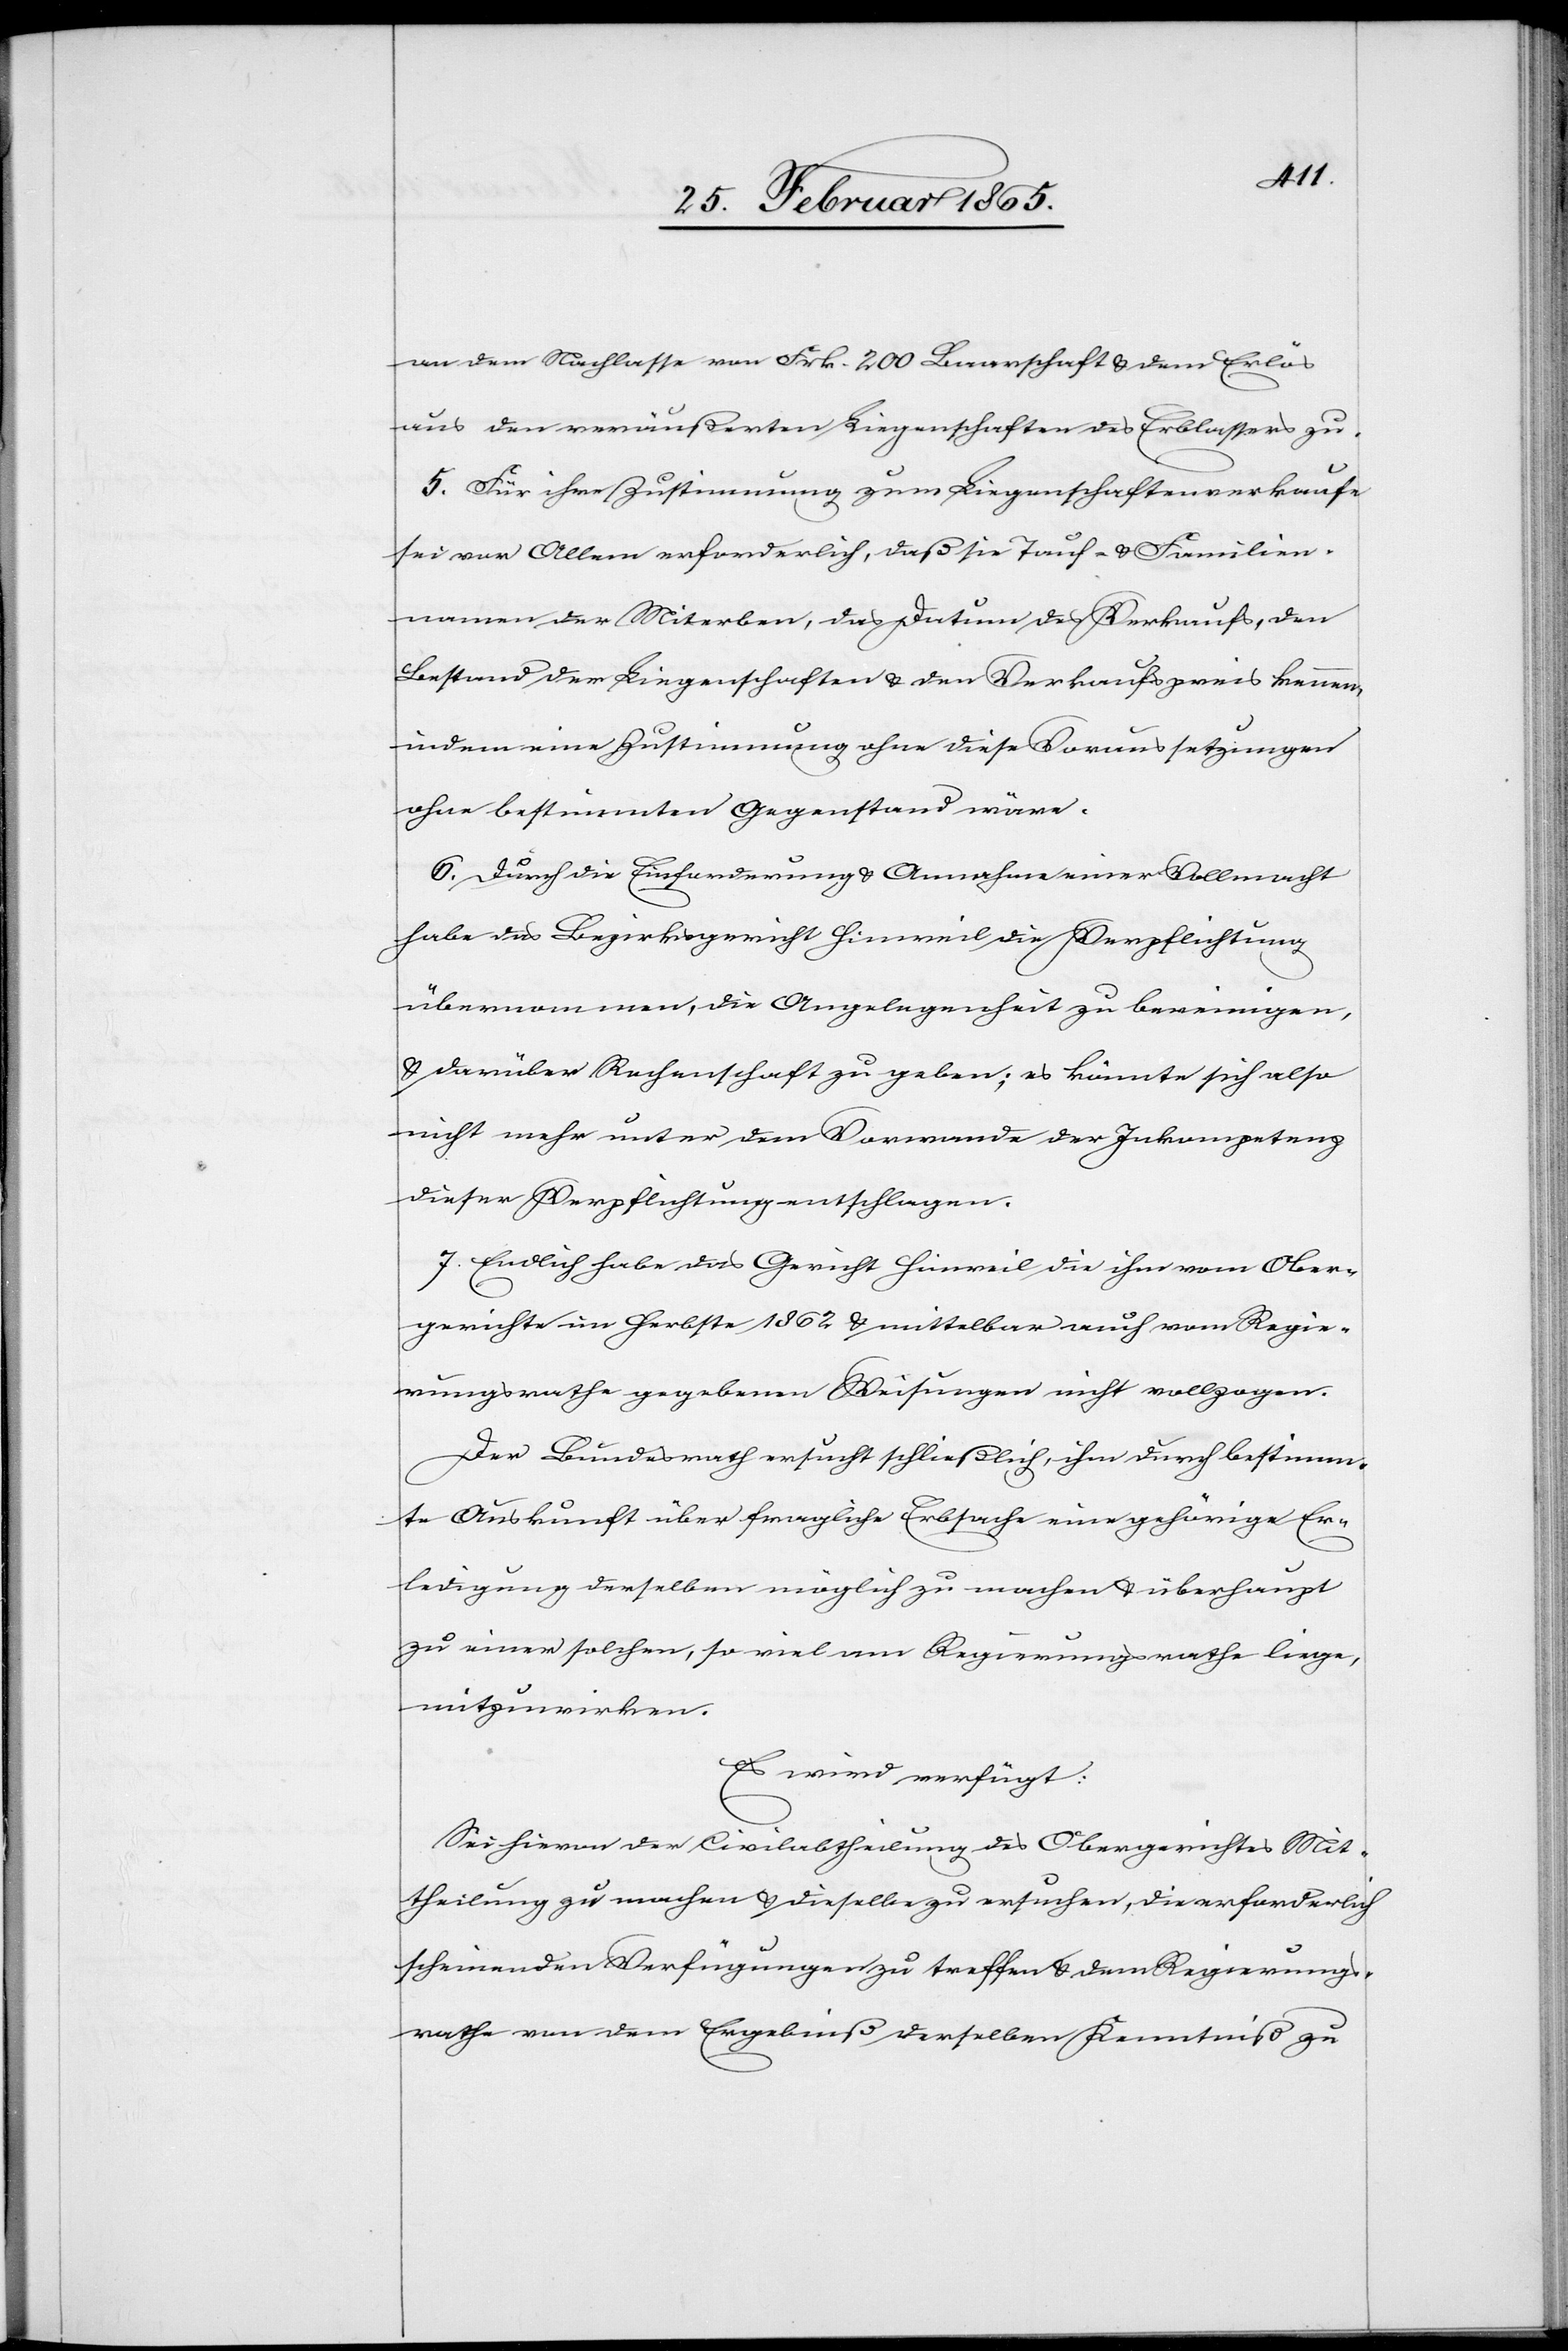
an dem Nachlasse von Frk. 200 Baarschaft u. dem Erlös
aus den veräußerten Liegenschaften des Erblassers zu.
5. Für ihre Zustimmung zum Liegenschaftenverkaufe
sei vor Allem erforderlich, daß sie Tauf- u. Familien¬
namen der Miterben, das Datum des Verkaufs, den
Bestand der Liegenschaften u. den Verkaufspreis kennen,
indem eine Zustimmung ohne diese Voraussetzungen
ohne bestimmten Gegenstand wäre.
6. Durch die Einforderung u. Annahme einer Vollmacht
habe das Bezirksgericht Hinweil die Verpflichtung
übernommen, die Angelegenheit zu bereinigen,
u. darüber Rechenschaft zu geben; es könnte sich also
nicht mehr unter dem Vorwande der Inkompetenz
dieser Verpflichtung entschlagen.
7. Endlich habe das Gericht Hinweil die ihm vom Ober¬
gerichte im Herbste 1862 u. mittelbar auch vom Regie¬
rungsrathe gegebenen Weisungen nicht vollzogen.
Der Bundesrath ersucht schließlich, ihm durch bestimm¬
te Auskunft über fragliche Erbsache eine gehörige Er¬
ledigung derselben möglich zu machen u. überhaupt
zu einer solchen, so viel am Regierungsrathe liege,
mitzuwirken.
Es wird verfügt:
Sei hievon der Civilabtheilung des Obergerichtes Mit¬
theilung zu machen u. dieselbe zu ersuchen, die erforderlich
scheinenden Verfügungen zu treffen u. dem Regierungs¬
rathe von dem Ergebniß derselben Kenntniß zu